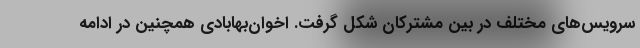
سرویس‌های مختلف در بین مشترکان شکل گرفت. اخوان‌بهابادی همچنین در ادامه